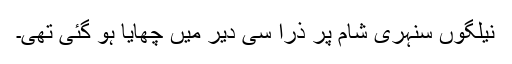
نیلگوں سنہری شام پر ذرا سی دیر میں چھایا ہو گئی تھی۔